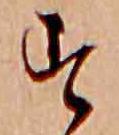
す